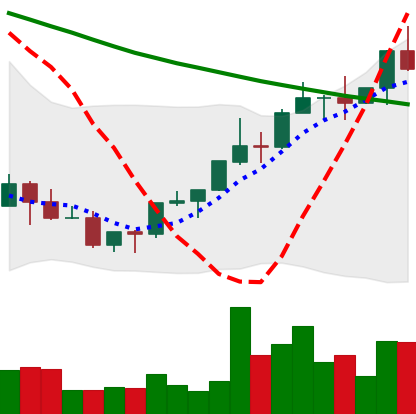
Ticker: NEO-USD
Chart end date: 2022-03-28
Forward return: 8.219%
Label: up_7plus